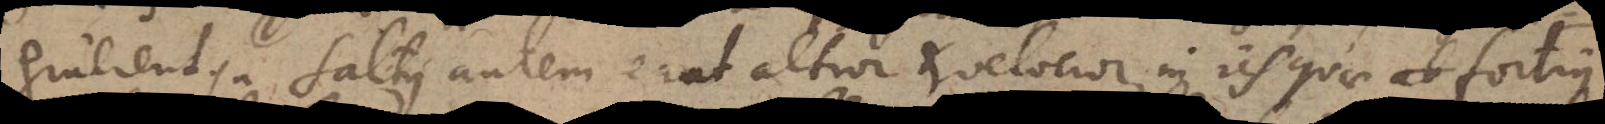
gruerent. Saltus autem erat altior et velocior, in iis quae fortius